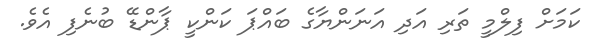
ކަމަށް ފިލްމީ ތަރި އަދި އަނަންޔާގެ ބައްޕަ ކަންކީ ޕާންޑޭ ބުނެފި އެވެ.